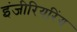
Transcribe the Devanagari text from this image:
इंजीरियरिंग